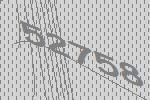
52758